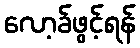
လော့ခ်ဖွင့်ရန်